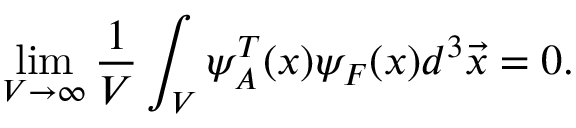
\operatorname * { l i m } _ { V \rightarrow \infty } \frac { 1 } { V } \int _ { V } \psi _ { A } ^ { T } ( x ) \psi _ { F } ( x ) d ^ { 3 } \vec { x } = 0 .